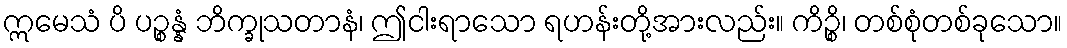
ဣမေသံ ပိ ပဉ္စန္နံ ဘိက္ခုသတာနံ၊ ဤငါးရာသော ရဟန်းတို့အားလည်း။ ကိဉ္စိ၊ တစ်စုံတစ်ခုသော။